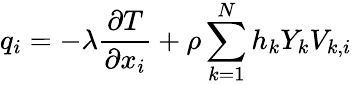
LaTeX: q_{i}=-\lambda\frac{\partial T}{\partial x_{i}}+\rho\sum_{k=1}^{N}h_{k}Y_{k}V_{k,i}